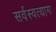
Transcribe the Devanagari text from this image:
सर्वस्वत्याग